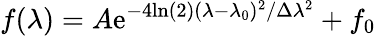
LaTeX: f(\lambda)=A\mathrm{e}^{-4\mathrm{ln}(2)(\lambda-\lambda_{0})^{2}/\Delta\lambda^{2}}+f_{0}